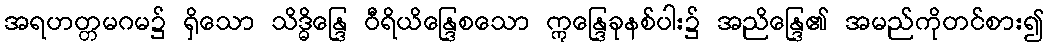
အရဟတ္တမဂမ၌ ရှိသော သိဒ္ဓိန္ဒြေ ဝီရိယိန္ဒြေစသော ဣန္ဒြေခုနစ်ပါး၌ အညိန္ဒြေ၏ အမည်ကိုတင်စား၍